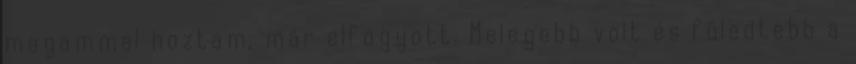
magammal hoztam, már elfogyott. Melegebb volt és füledtebb a